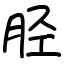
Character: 胫